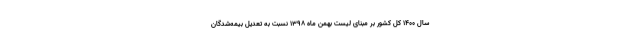
سال ۱۴۰۰ کل کشور بر مبنای لیست بهمن ماه ۱۳۹۸ نسبت به تعدیل بیمه‌شدگان